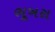
ભૂખરા